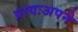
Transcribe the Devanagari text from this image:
प्रायःअपने